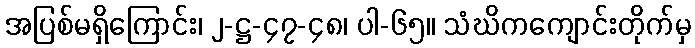
အပြစ်မရှိကြောင်း၊ ၂-ဋ္ဌ-၄၇-၄၈၊ ပါ-၆၅။ သံဃိကကျောင်းတိုက်မှ